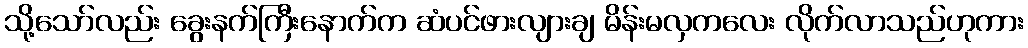
သို့သော်လည်း ခွေးနက်ကြီးနောက်က ဆံပင်ဖားလျားချ မိန်းမလှကလေး လိုက်လာသည်ဟုကား